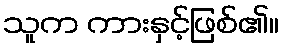
သူက ကားနှင့်ဖြစ်၏။